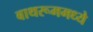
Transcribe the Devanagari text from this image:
बाथरूममध्ये